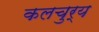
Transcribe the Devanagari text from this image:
कलचुर्य